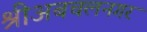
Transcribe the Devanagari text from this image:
श्रीअबचलनगर